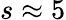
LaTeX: s\approx 5